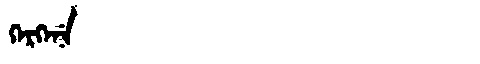
Manchu: ᡴᡝᡵᡴᡝᠨᡝ
Romanization: KERKENE